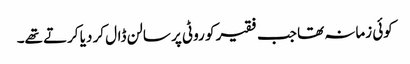
کوئی زمانہ تھا جب فقیر کو روٹی پر سالن ڈال کر دیا کرتے تھے۔